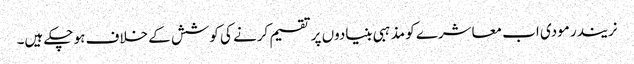
نریندر مودی اب معاشرے کو مذہبی بنیادوں پر تقسیم کرنے کی کوشش کے خلاف ہو چکے ہیں۔